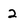
Character: 2